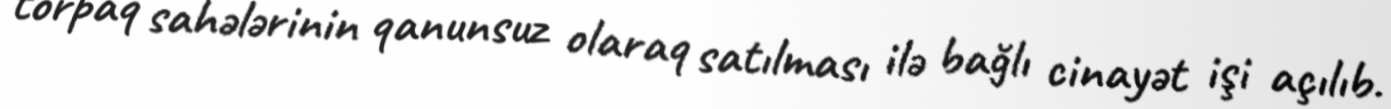
torpaq sahələrinin qanunsuz olaraq satılması ilə bağlı cinayət işi açılıb.